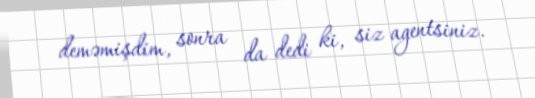
deməmişdim, sonra da dedi ki, siz agentsiniz.